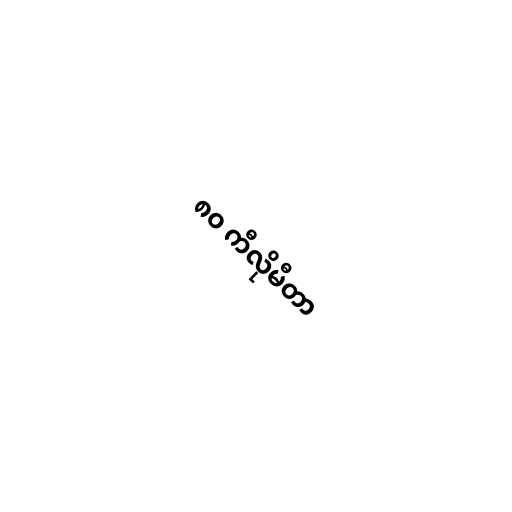
၈၀ ကီလိုမီတာ